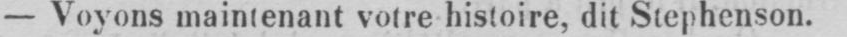
- Voyons maintenant votre histoire, dit Stephenson.